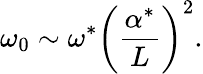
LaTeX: {\omega}_{0}\sim{\omega}^{*}{\left(\frac{{\alpha}^{*}}{L}\right)}^{2}.